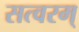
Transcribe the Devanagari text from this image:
सत्वरम्